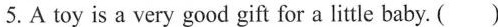
5.A toy is a very good gift for a little baby. ( )